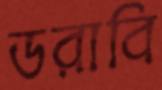
ডরাবি